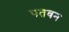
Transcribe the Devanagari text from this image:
पतवन